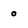
Character: 0